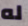
له